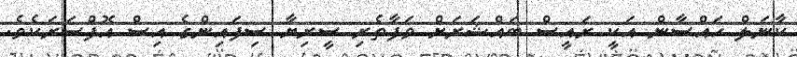
ކާނަލް ހައްސާން އަކީ ރައީސް ބައްޝަރަށް ވަފާތެރި ސީރިޔާ ސިފައިންގެ އިސް އޮފްސަރަކެވެ.